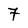
Character: 7